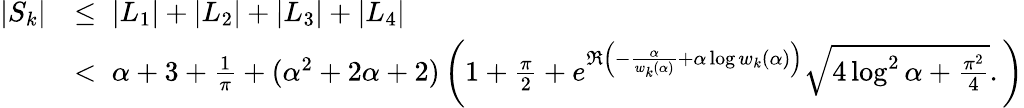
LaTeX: \begin{array}{rl}{|S_{k}|}&{\le\; |L_{1}|+|L_{2}|+|L_{3}|+|L_{4}|}\\ &{<\; \alpha+3+\frac{1}{\pi}+(\alpha^{2}+2\alpha+2)\left(1+\frac{\pi}{2}+e^{\Re\left(-\frac{\alpha}{w_{k}(\alpha)}+\alpha\log w_{k}(\alpha)\right)}\sqrt{4\log^{2}\alpha+\frac{\pi^{2}}{4}}.\right)}\end{array}